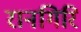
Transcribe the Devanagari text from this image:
रानगिरि